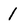
Character: 1